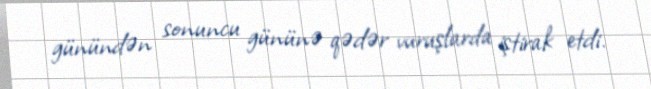
günündən sonuncu gününə qədər vuruşlarda iştirak etdi.